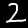
Digit: 2